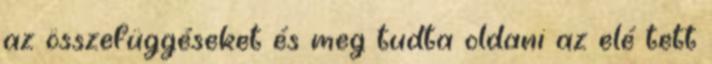
az összefüggéseket és meg tudta oldani az elé tett